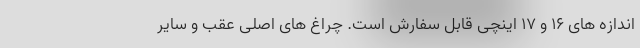
اندازه های 16 و 17 اینچی قابل سفارش است. چراغ های اصلی عقب و سایر